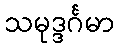
သမုဒ္ဒင်္ဂမာ